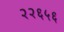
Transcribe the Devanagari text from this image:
२२६५६